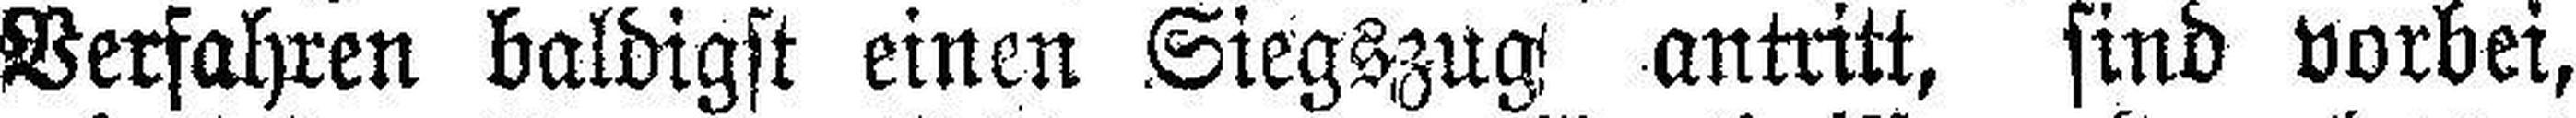
Verfahren baldigst einen Siegszug antritt, sind vorbei,